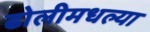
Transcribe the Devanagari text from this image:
ढोलीमधल्या